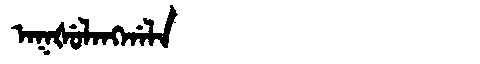
Manchu: ᠠᡴᡧᡠᠯᠠᠩᡤᠠᠯᠠ
Romanization: AKŠULANGGALA